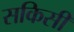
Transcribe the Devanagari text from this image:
सकिसी